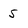
Character: 5